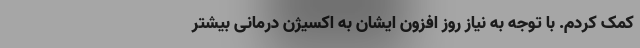
کمک کردم. با توجه به نیاز روز افزون ایشان به اکسیژن درمانی بیشتر